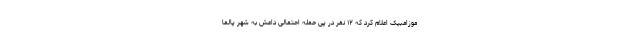
موزامبیک اعلام کرد که ۱۲ نفر در پی حمله احتمالی داعش به شهر پالما